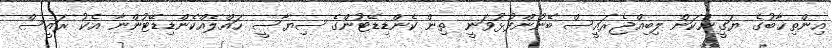
އިންތިޚާބުގެ ޔަގީންކަން ލިބިއްޖެރައީސް ބޭނުންފުޅުވަނީ ތިން ކެންޑިޑޭޓުންގެ ސިޔާސީ ހައްލެއްކެންޑިޑޭޓުންނާ އެކު ރައީސް